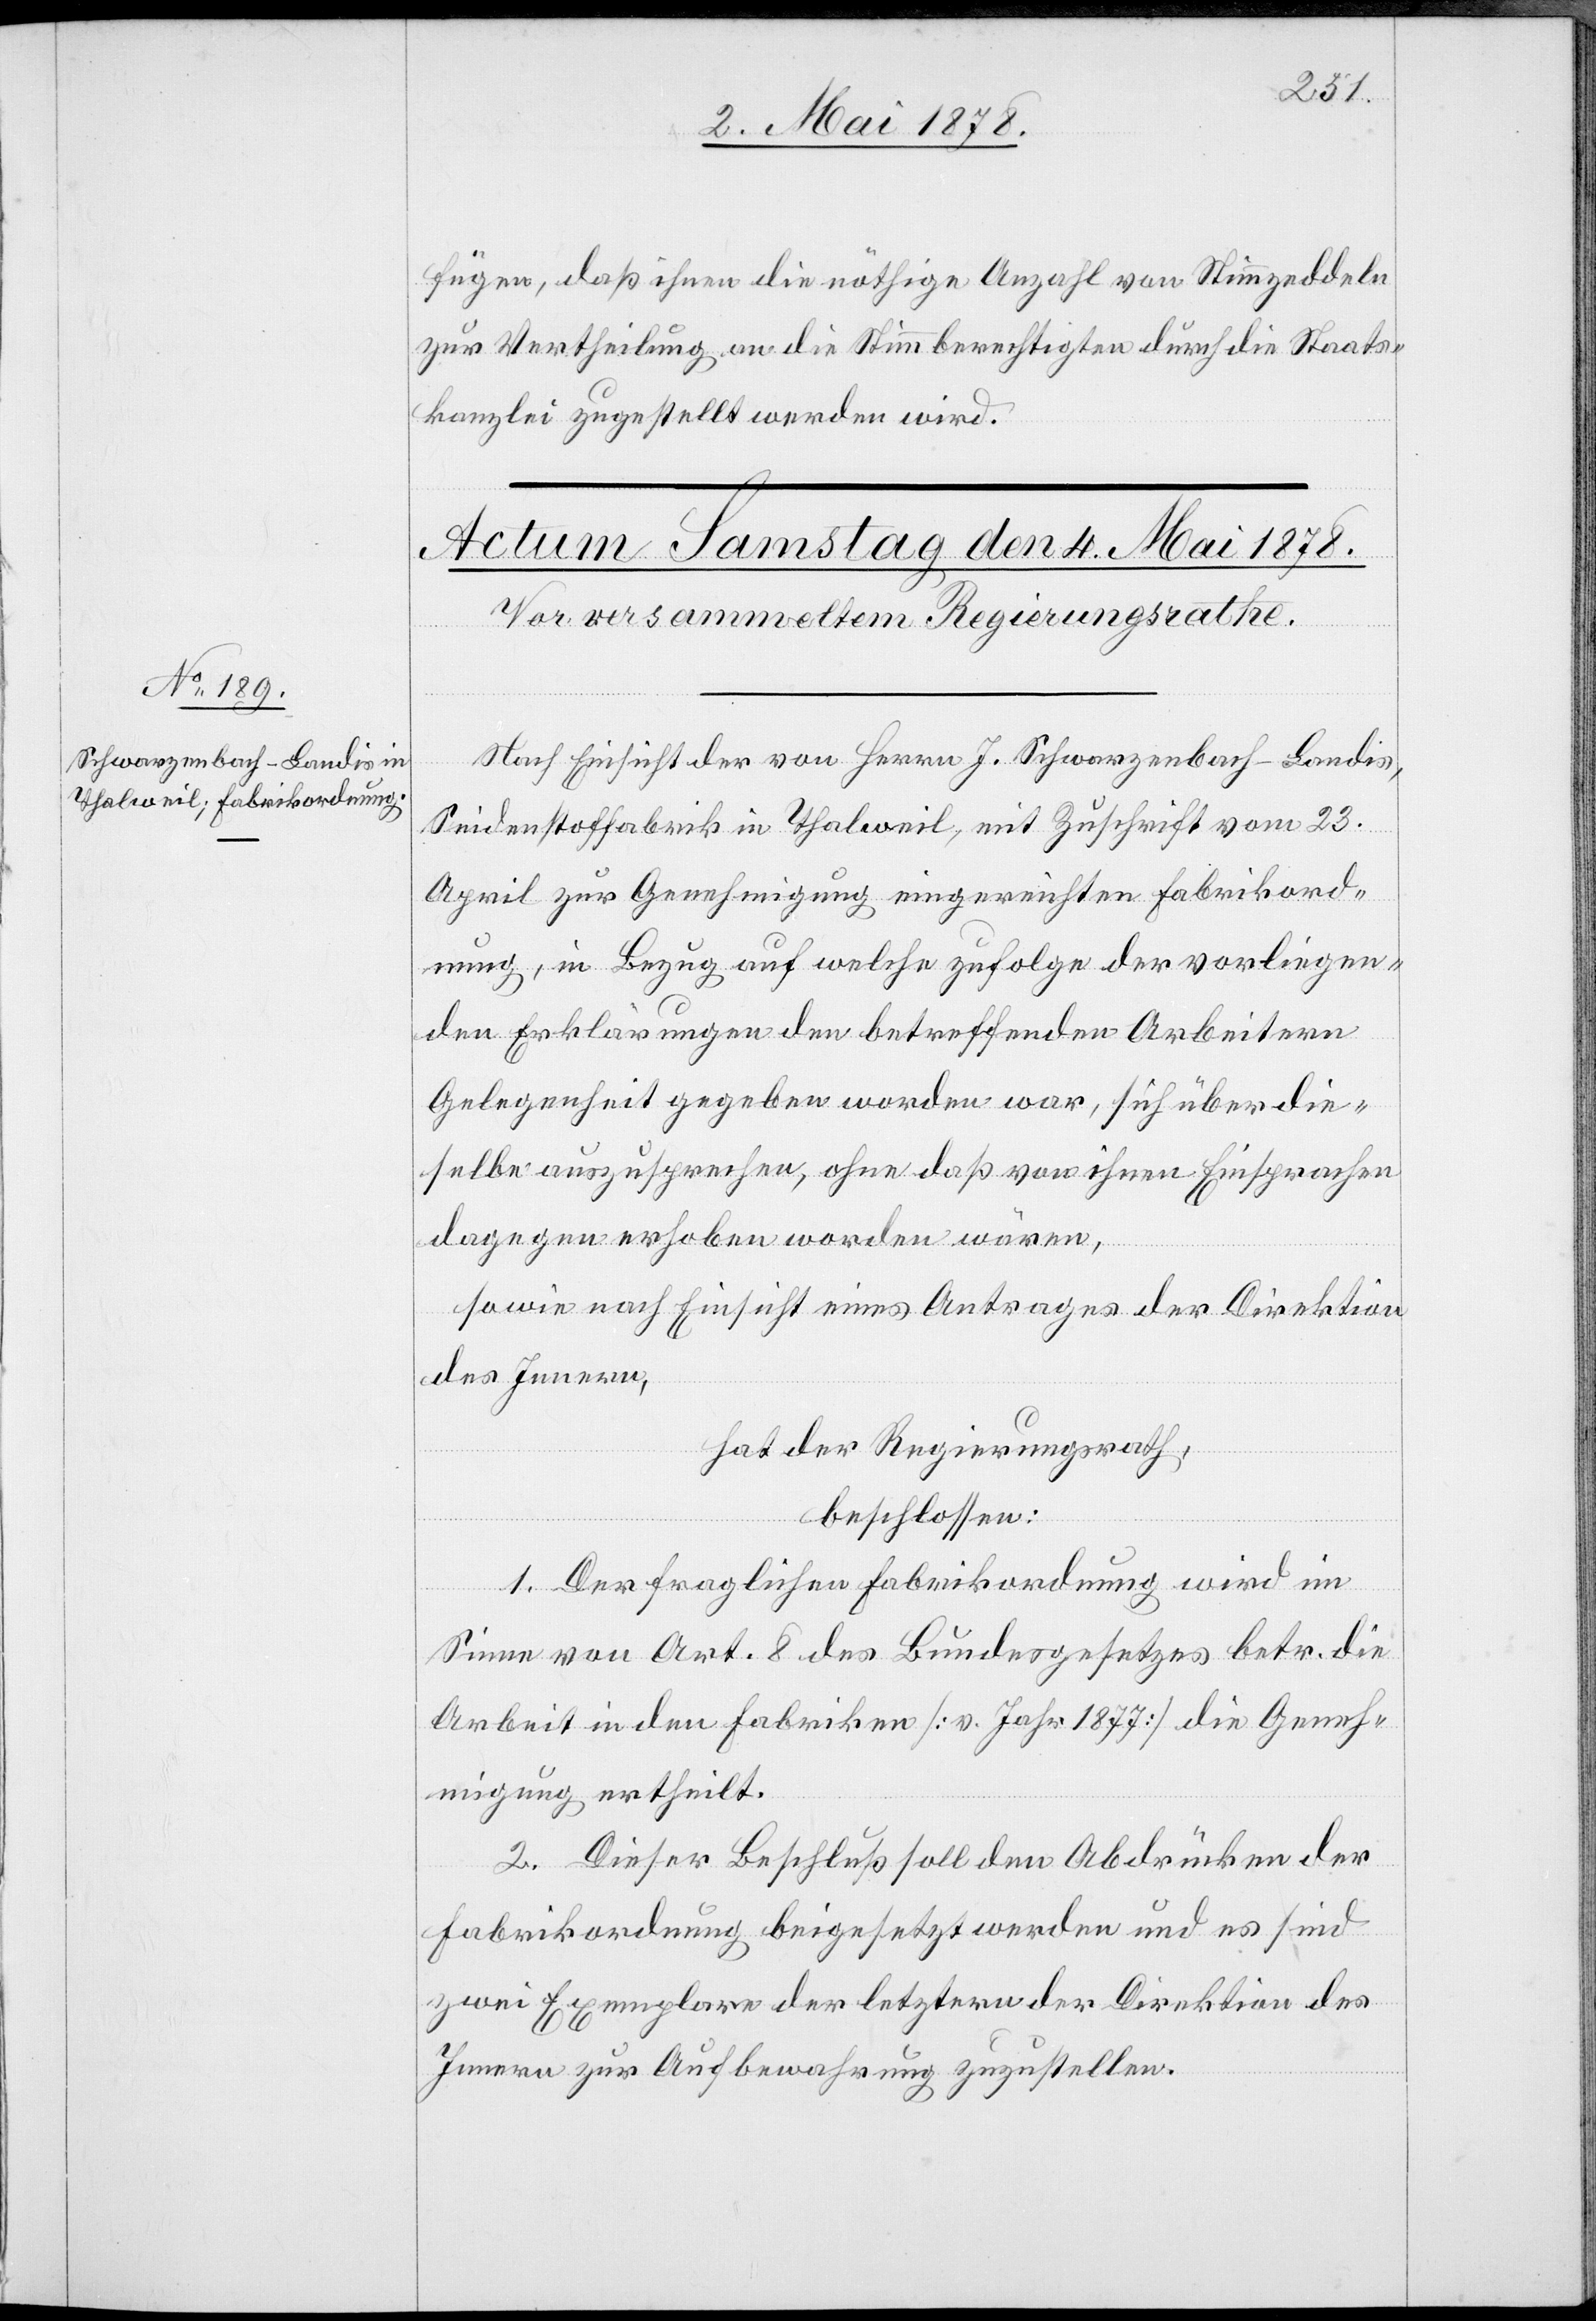
fügen, daß ihnen die nöthige Anzahl von Stimmzeddeln
zur Vertheilung an die Stimmberechtigten durch die Staats¬
kanzlei zugestellt werden wird.
Nach Einsicht der von Herrn J. Schwarzenbach-Landis,
Seidenstoffabrik in Thalweil, mit Zuschrift vom 23.
April zur Genehmigung eingereichten Fabrikord¬
nung, in Bezug auf welche zufolge der vorliegen¬
den Erklärungen den betreffenden Arbeitern
Gelegenheit gegeben worden war, sich über die¬
selbe auszusprechen, ohne daß von ihnen Einsprachen
dagegen erhoben worden wären,
sowie nach Einsicht eines Antrages der Direktion
des Innern,
hat der Regierungsrath,
beschlossen:
1. Der fraglichen Fabrikordnung wird im
Sinne von Art. 8 des Bundesgesetzes betr. die
Arbeit in den Fabriken [v. Jahr 1877] die Geneh¬
migung ertheilt.
2. Dieser Beschluß soll den Abdrücken der
Fabrikordnung beigesetzt werden und es sind
zwei Exemplare der letztern der Direktion des
Innern zur Aufbewahrung zuzustellen.